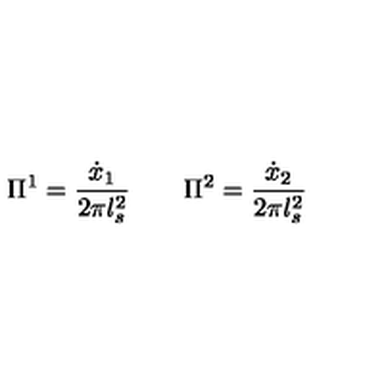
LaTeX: \Pi ^ { 1 } = \frac { \dot { x } _ { 1 } } { 2 \pi l _ { s } ^ { 2 } } \qquad \Pi ^ { 2 } = \frac { \dot { x } _ { 2 } } { 2 \pi l _ { s } ^ { 2 } }